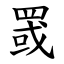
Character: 罭